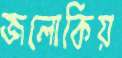
জলোকিয়